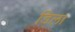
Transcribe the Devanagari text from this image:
डिला